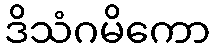
ဒိသံဂမိကော